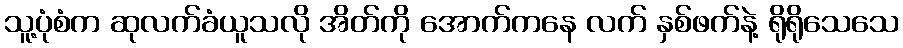
သူ့ပုံစံက ဆုလက်ခံယူသလို အိတ်ကို အောက်ကနေ လက် နှစ်ဖက်နဲ့ ရိုရိုသေသေ